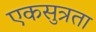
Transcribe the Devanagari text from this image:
एकसुत्रता